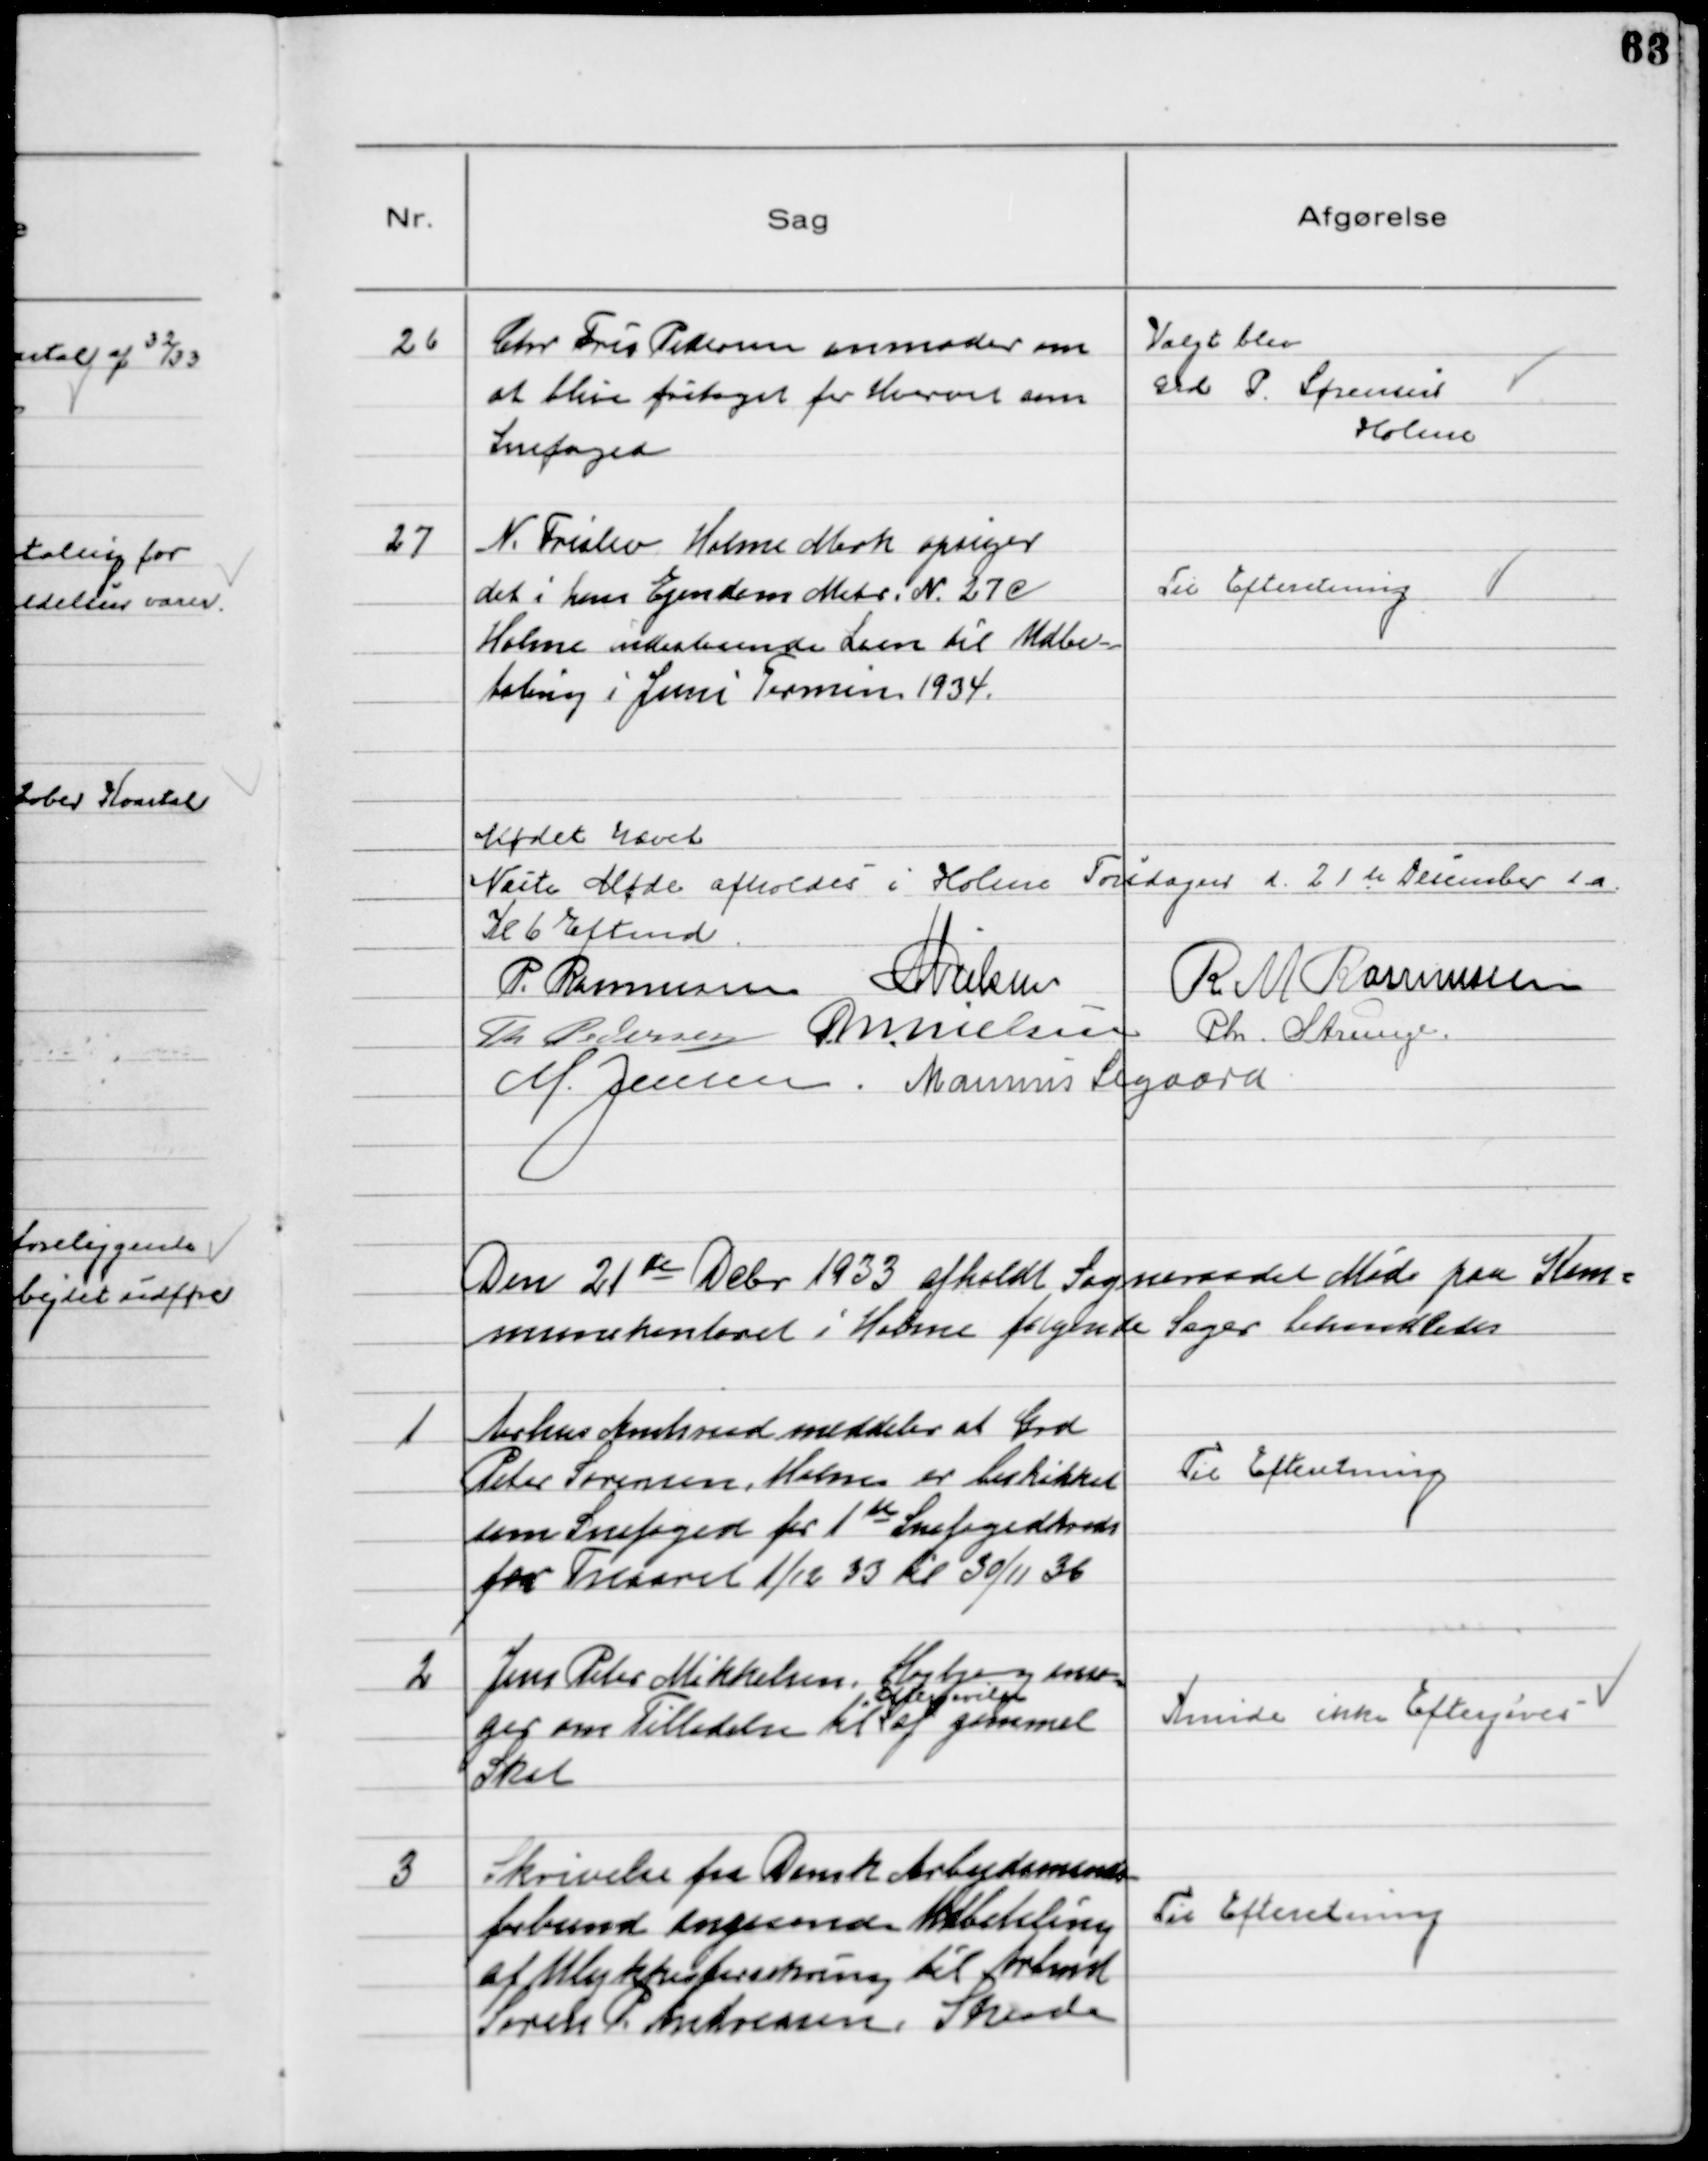
Transskription:
26
Chr Fris Pedersen anmoder om
at blive fritaget for Hvervet som
Snefoged

Valgt blev
Grd P. Sørensen
Holme

27
N. Frislev Holme Mark opsiger
det i hans Ejendom Matr. №27c
Holme indestaaende Laan til Udbe-
taling i Juni Termin 1934.

Til Efteretning

Mødet hævet
Næste Møde afholdes i Holme Torsdagen d. 21de December d.a.
Kl 6 Eftmd
P. Rasmussen NNielsen
R M Rasmussen
Th Pedersen MNielsen Chr. Strunge
M. Jensen Marinus Sigaard

Den 21de Dcbr 1933 afholdt Sogneraadet Møde paa Kom-
munekontoret i Holme følgende Sager behandledes

1
Aarhus Amtsraad meddeler at Grd
Peter Sørensen, Holme er beskikket
som Snefoged for 1te Snefogedkreds
for Treaaret 1/12 33 til 30/11 36

Til Efteretning

2
Jens Peter Mikkelsen, Højbjerg ansø
ger om Tilladelse til
eftergivelse
af gammel
Skat

Kunde ikke Eftergives

3
Skrivelse fra Dansk Arbejdsmænds
forbund angaaende Udbetaling
af Ulykkesforsikring til Arbmd
Søren P. Andreasen, Skaade

Til Efteretning